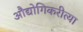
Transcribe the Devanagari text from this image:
औद्योगिकरीत्या